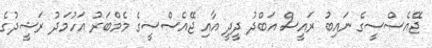
ޖޭއެސްސީގެ ނައިބު ރައީސް އަބްދު ދީދީ އާއި ޖޭއެސްސީގެ މެމްބަރު އަހުމަދު ރަޝީދުގެ